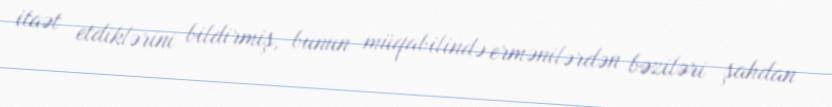
itaət etdiklərini bildirmiş, bunun müqabilində ermənilərdən bəziləri şahdan